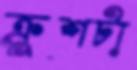
ক্রুশটা